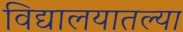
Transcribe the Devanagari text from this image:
विद्यालयातल्या